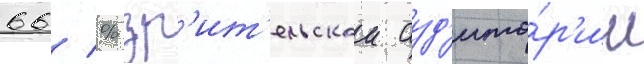
66 % зр'ит'ельскои ауд'ито́р'ии